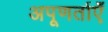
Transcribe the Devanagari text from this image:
अपूणर्ताएँ